Report of the Municipal Commissioner on the plague in Bombay for the year ending 31st May... - Volume 2
Disease focus: Plague
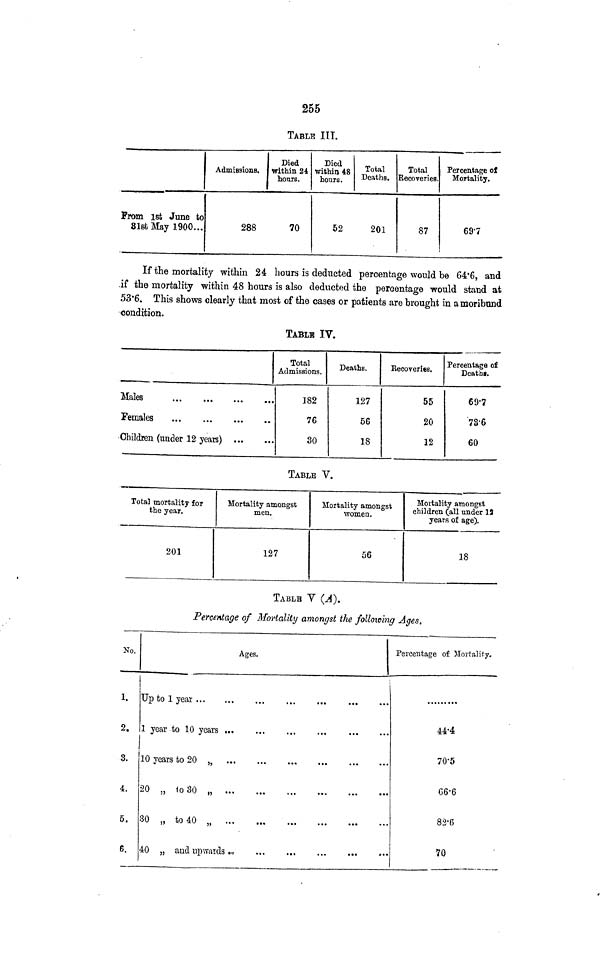
255
TABLE IIT.
From 1st June to
Slsfc May 1900...
Admissions.
Died
within 24
hours.
288
70
Died
within 48
hours.
Total
Deaths.
52
201
Total
Recoveries.
87
Percentage of
Mortality.
69-7
If the mortality within 24 hours is deducted percentage would be 64*6, and
.if the mortality within 48 hours is also deducted the percentage would stand at
53*6. This shows clearly that most of the cases or patients are brought in a moribund
condition.
TABLE IV.
Males
Females
Children (under 12 years)
Total
Admissions.
382
76
30
Deaths.
127
56
18
Recoveries.
55
20
12
Percentage of
Deathi.
69-7
'73'6
60
TABLE V.
Total mortality for
the year.
201
Mortality amongst
men.
127
Mortality amongst
women.
56
Mortality amongst
children Call under 12
years of age).
18
TABLB V (^).
Percentage of Mortality amongst the following Ages,
No.
1.
2.
3.
4.
5.
6.
Ages.
Up to 1 year
1 year to 10 years ,
10 years to 20 3j
20 „ 1o 30 „
30 „ to 40 „
40 „ and upwaids ..,
,
Percentage of Mortality.
44-4
70-5
C6-6
82'6
70